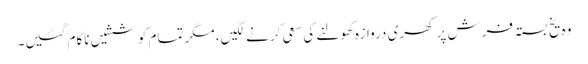
وہ یخ بستہ فرش پر کھری دروازہ کھولنے کی سعی کرنے لگیں، مگر تمام کوششیں ناکام گئیں۔